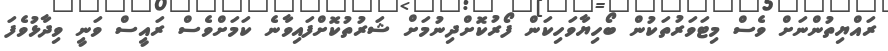
ރައްޔިތުންނަށް ވެސް މިޓަވަރުތަކުން ބޯހިޔާވަހިކަން ފޯރުކޮށްދިނުމަށް ޝަރުތުކޮށްފައިވާނެ ކަމަށްވެސް ރައީސް ވަނީ ވިދާޅުވެފަ